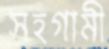
সহগামী